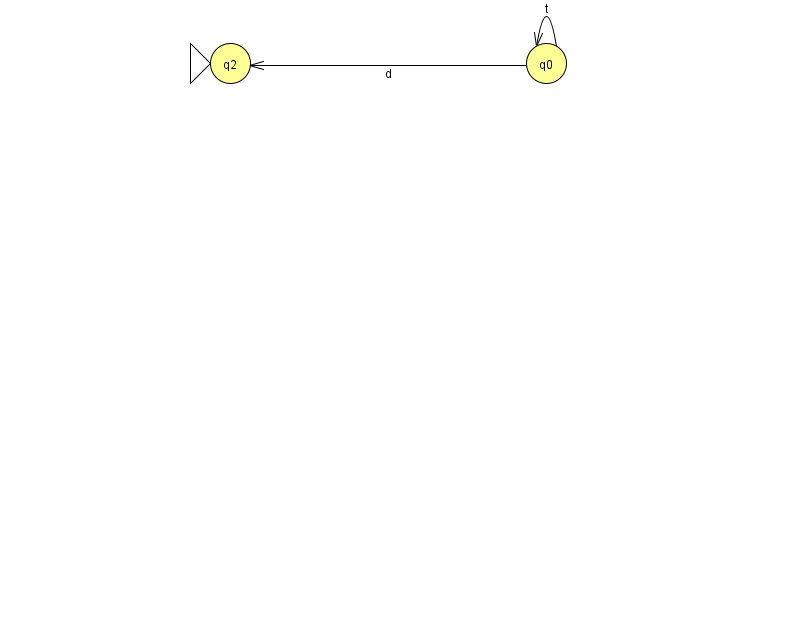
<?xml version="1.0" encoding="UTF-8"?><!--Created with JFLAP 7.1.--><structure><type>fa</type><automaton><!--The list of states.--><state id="0" name="q0"><x>546.0</x><y>50.0</y></state><state id="1" name="q1"><x>966.0</x><y>50.0</y><final/></state><state id="2" name="q2"><x>230.0</x><y>50.0</y><initial/></state><!--The list of transitions.--><transition><from>0</from><to>0</to><read>t</read></transition><transition><from>1</from><to>1</to><read>D</read></transition><transition><from>0</from><to>2</to><read>d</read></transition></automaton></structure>